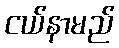
ငယ်နာမည်